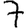
Digit: 7